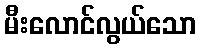
မီးလောင်လွယ်သော